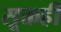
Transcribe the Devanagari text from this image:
सूक्तही